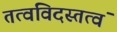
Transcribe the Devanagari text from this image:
तत्वविदस्तत्वं